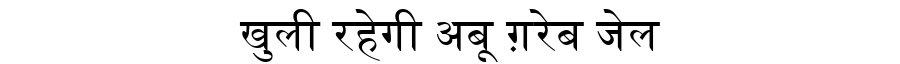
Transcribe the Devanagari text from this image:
खुली रहेगी अबू ग़रेब जेल